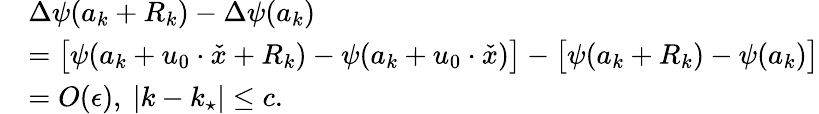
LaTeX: \begin{array}{rl}&{\Delta\psi(a_{k}+R_{k})-\Delta\psi(a_{k})}\\ &{=\bigl[\psi(a_{k}+u_{0}\cdot\check{x}+R_{k})-\psi(a_{k}+u_{0}\cdot\check{x})\bigr]-\bigl[\psi(a_{k}+R_{k})-\psi(a_{k})\bigr]}\\ &{=O(\epsilon),\ |k-k_{\star}|\le c.}\end{array}